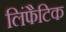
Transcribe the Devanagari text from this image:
लिंफैटिक